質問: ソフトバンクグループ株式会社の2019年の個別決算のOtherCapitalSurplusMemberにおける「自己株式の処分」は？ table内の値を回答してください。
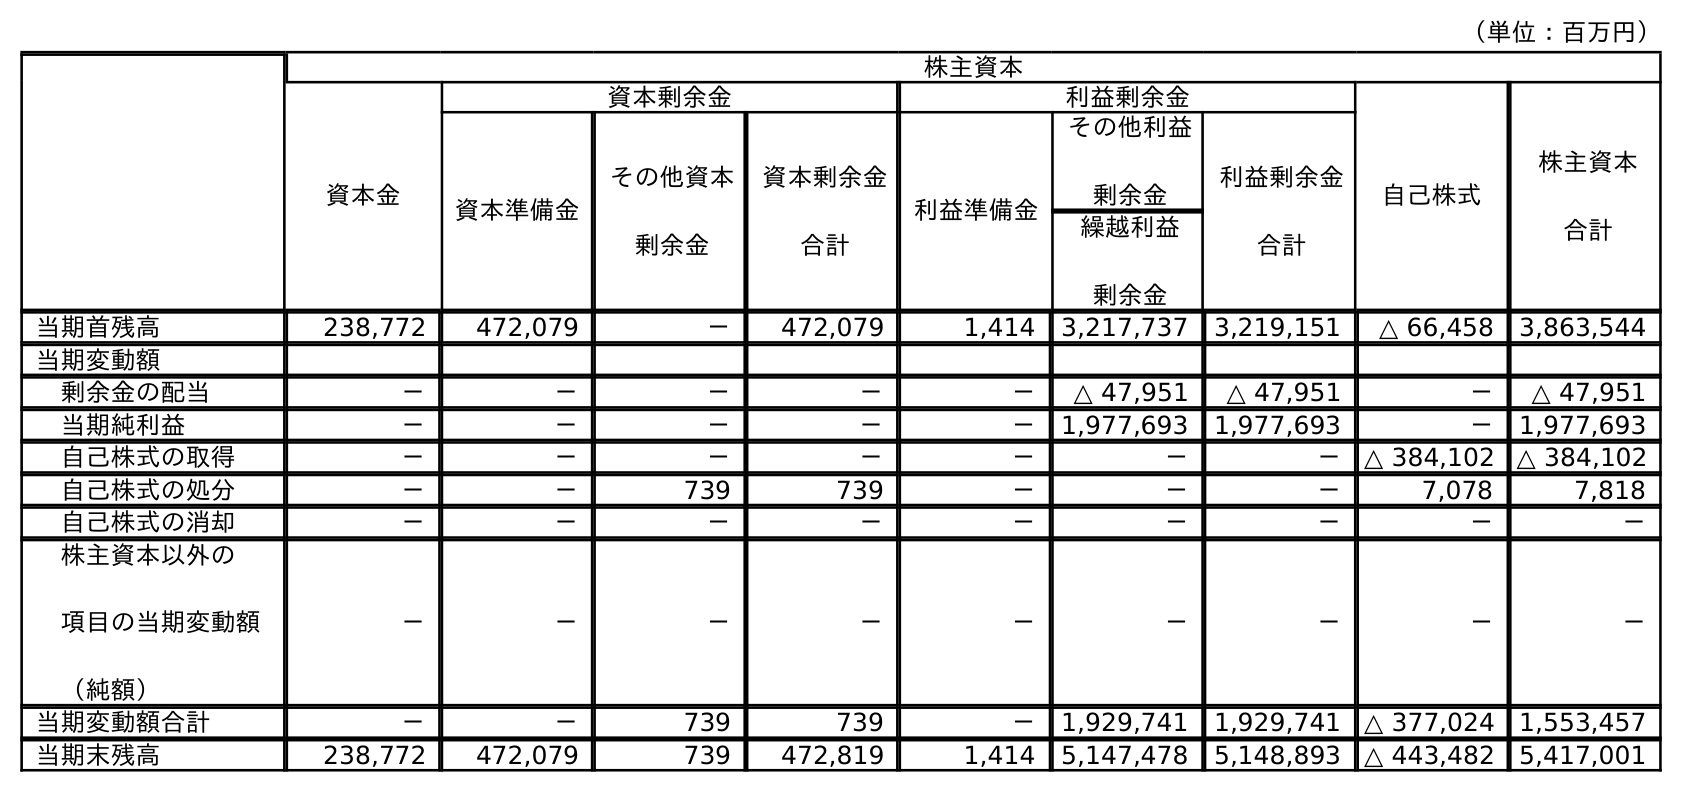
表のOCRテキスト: （単位：百万円） 株主資本 資本金 資本剰余金 利益剰余金 自己株式 株主資本 合計 資本準備金 その他資本 剰余金 資本剰余金 合計 利益準備金 その他利益 剰余金 利益剰余金 合計 繰越利益 剰余金 当期首残高 238,772 472,079 － 472,079 1,414 3,217,737 3,219,151 △ 66,458 3,863,544 当期変動額 剰余金の配当 － － － － － △ 47,951 △ 47,951 － △ 47,951 当期純利益 － － － － － 1,977,693 1,977,693 － 1,977,693 自己株式の取得 － － － － － － － △ 384,102 △ 384,102 自己株式の処分 － － 739 739 － － － 7,078 7,818 自己株式の消却 － － － － － － － － － 株主資本以外の 項目の当期変動額 （純額） － － － － － － － － － 当期変動額合計 － － 739 739 － 1,929,741 1,929,741 △ 377,024 1,553,457 当期末残高 238,772 472,079 739 472,819 1,414 5,147,478 5,148,893 △ 443,482 5,417,001
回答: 739